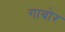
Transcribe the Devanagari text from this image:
गाबोर